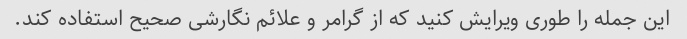
این جمله را طوری ویرایش کنید که از گرامر و علائم نگارشی صحیح استفاده کند.